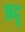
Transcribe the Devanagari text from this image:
अदू